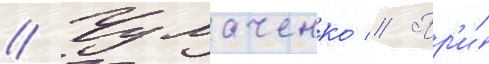
// Чумаченко // Пр'и́